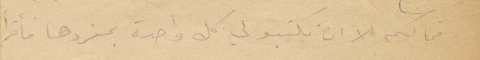
فما لكم الا ان تكتبو لي كل واحدة بمفردها فأقرأ